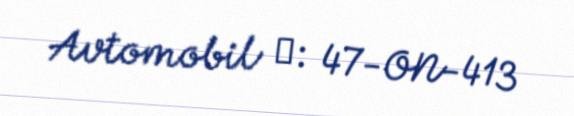
Avtomobil №: 47-ON-413